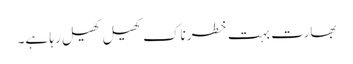
بھارت بہت خطرناک کھیل کھیل رہا ہے۔